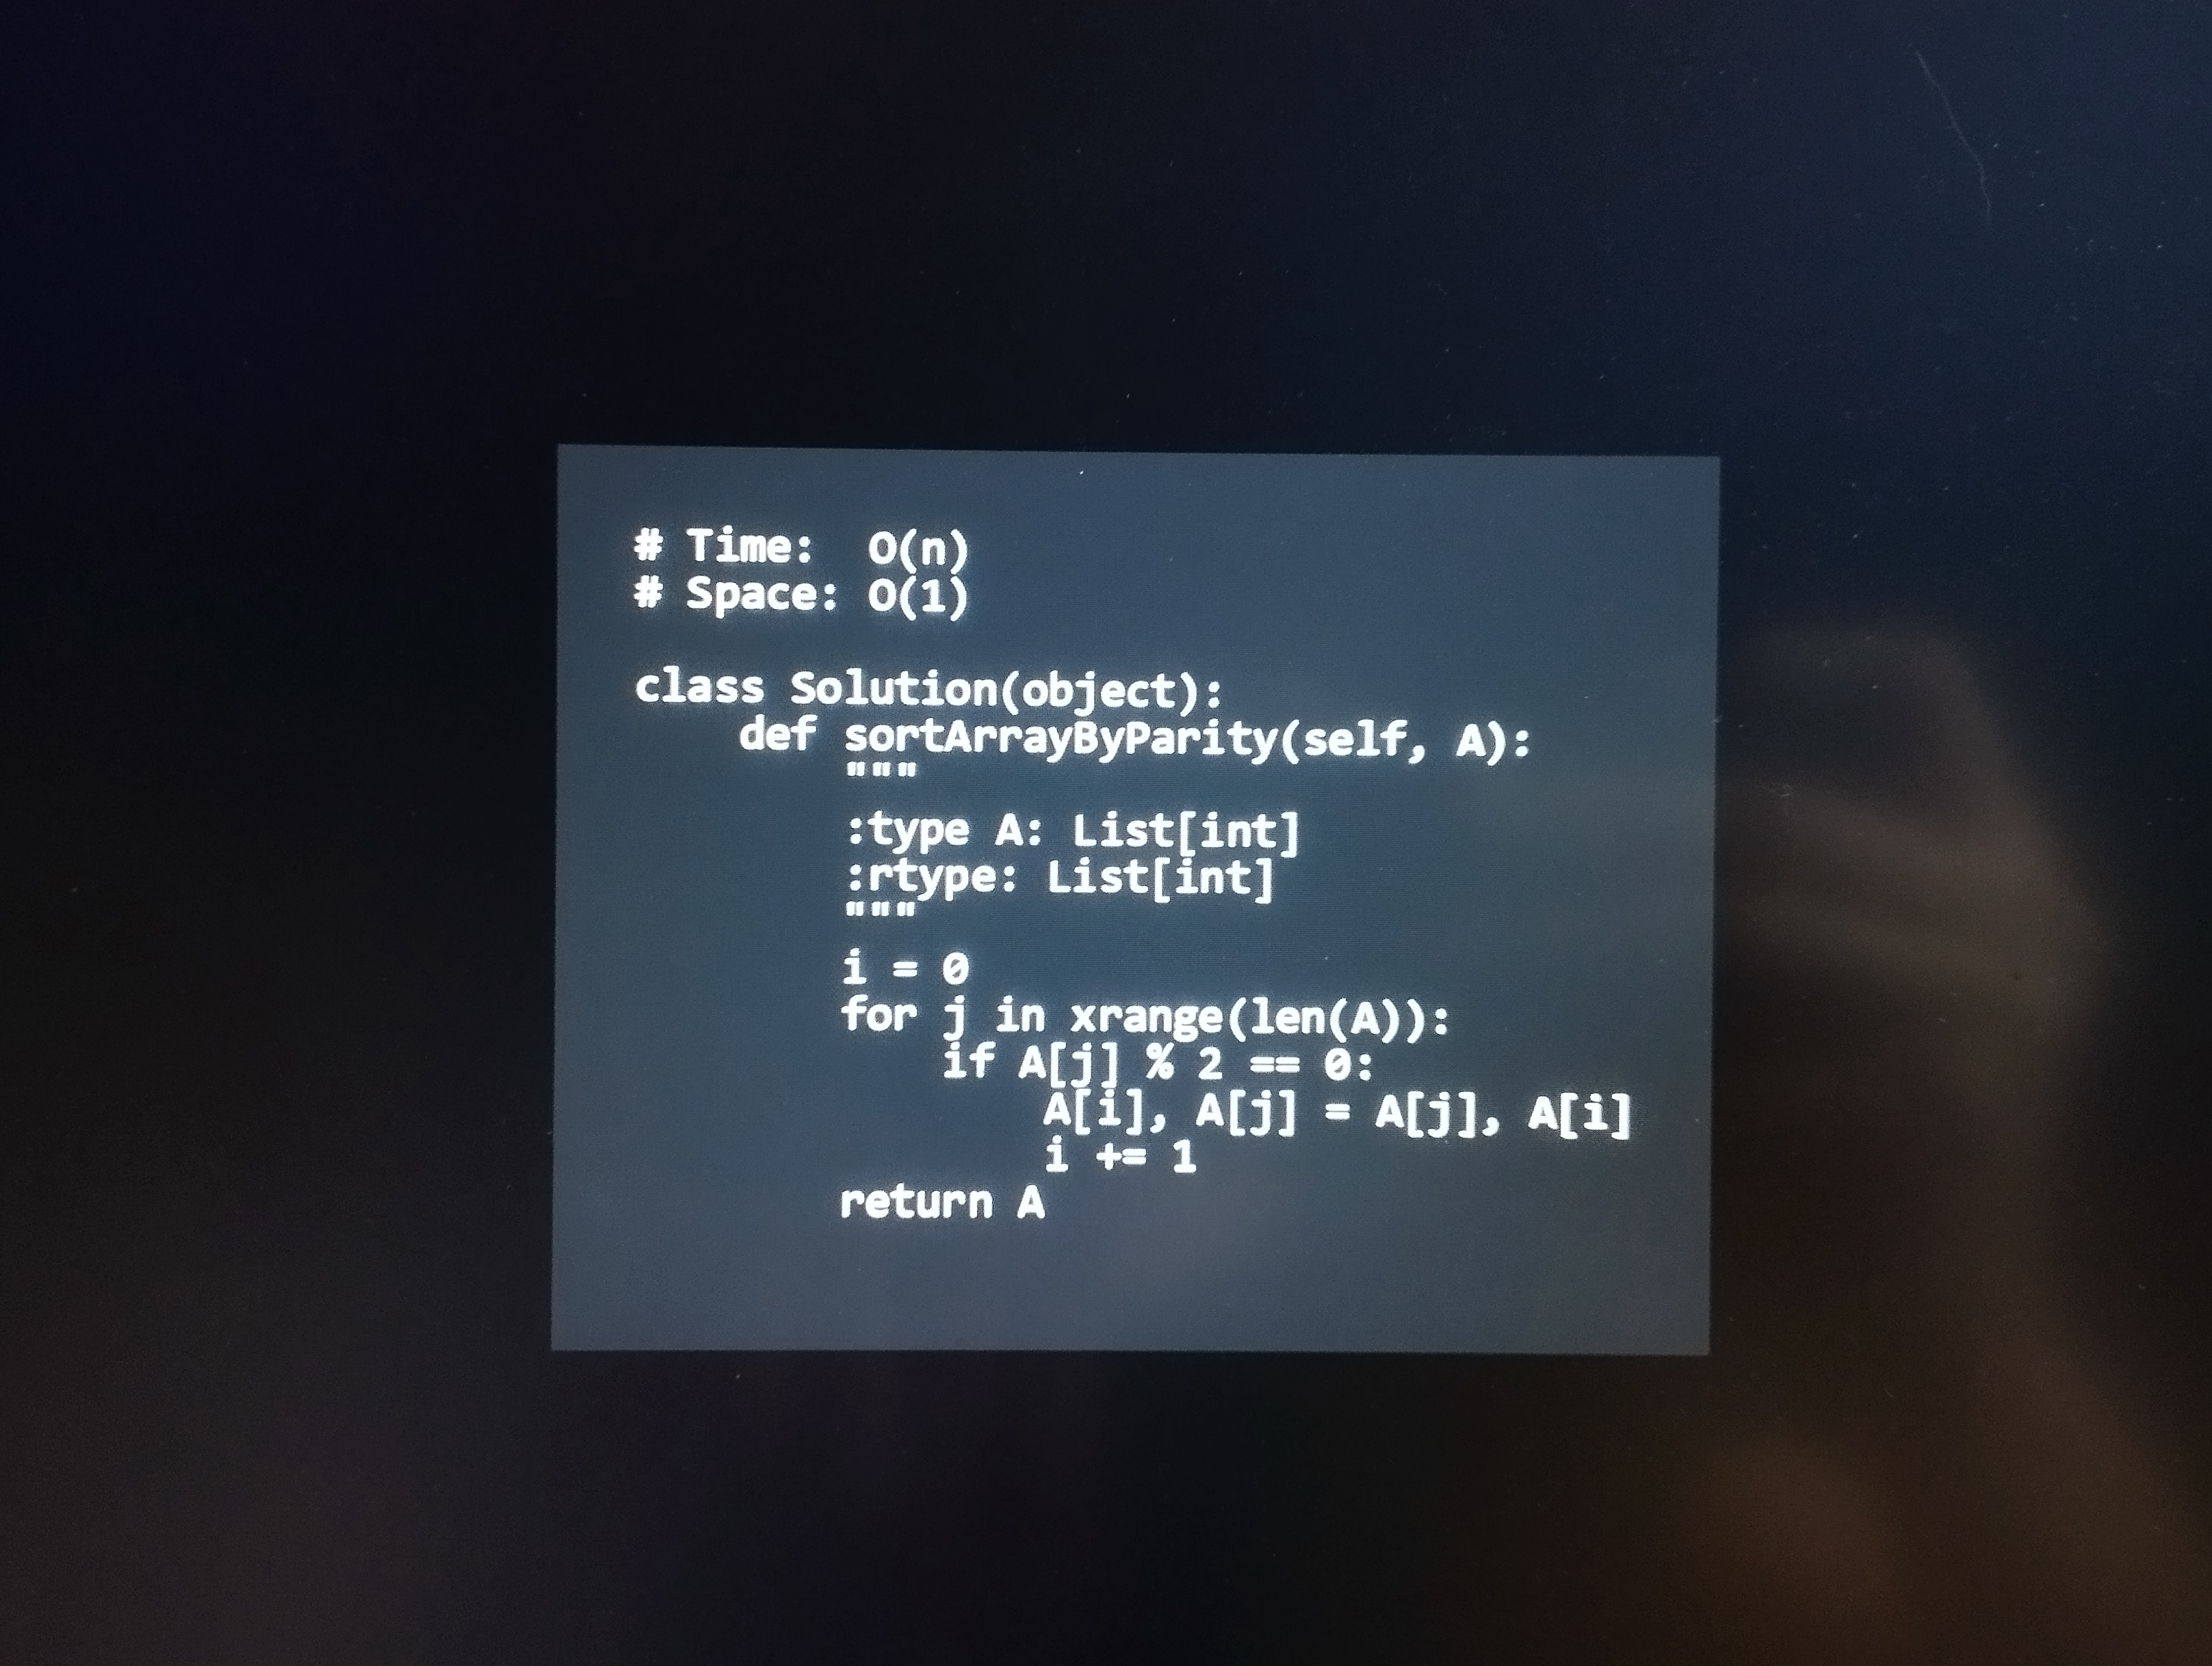
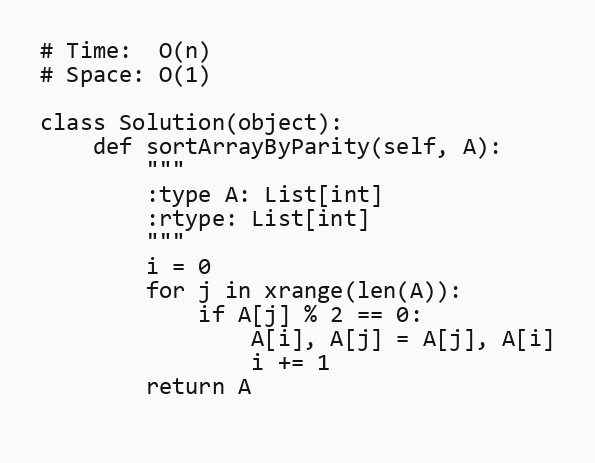
# Time:  O(n)
# Space: O(1)

class Solution(object):
    def sortArrayByParity(self, A):
        """
        :type A: List[int]
        :rtype: List[int]
        """
        i = 0
        for j in xrange(len(A)):
            if A[j] % 2 == 0:
                A[i], A[j] = A[j], A[i]
                i += 1
        return A